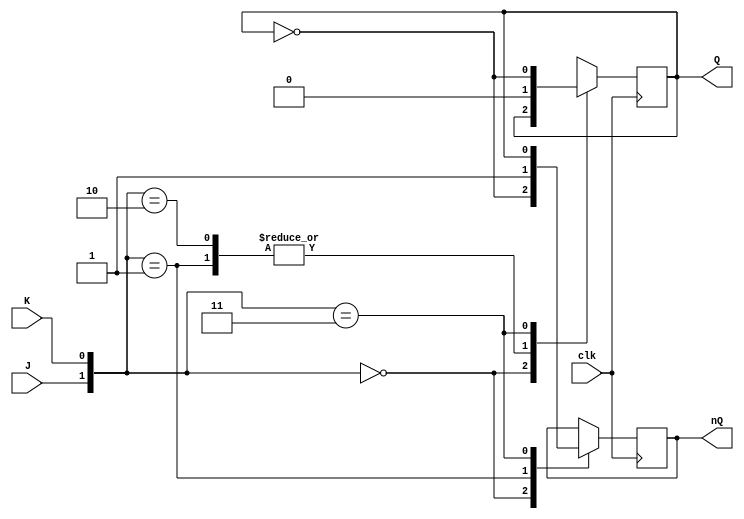
module jk_flip_flop (
   output reg Q, nQ, input J, K, clk
);
    always @(posedge clk) begin
        case({J,K})
            2'b00: begin 
                Q<=Q;
                nQ<=~Q;
            end
            2'b01: begin
                Q<=1'b0;
                nQ<=1'b1;
            end
            2'b10: begin
                Q<=1'b1;
                Q<=1'b0;
            end
            2'b11: begin
                Q<=~Q;
                nQ<=Q;
            end
        endcase
    end
endmodule